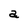
Character: a